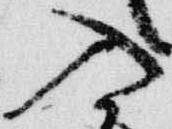
入